Lunatic asylums Madras 1892-1911 - 1892-1911
Year: 1892
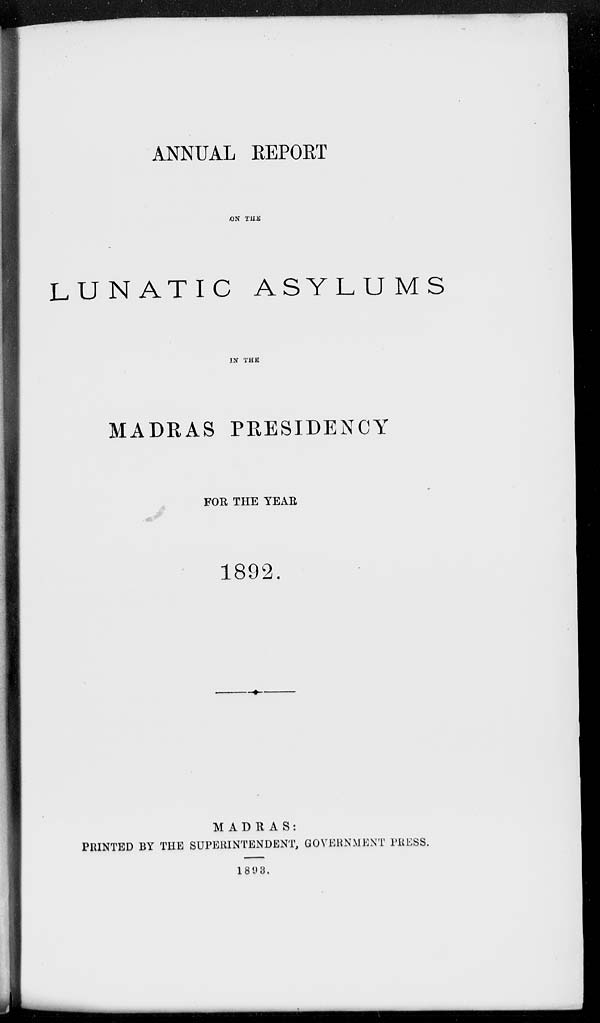
ANNUAL REPORT
ON THE
LUNATIC ASYLUMS
IN THE
MADRAS PRESIDENCY
FOR THE YEAR
1892.
MADRAS:
PRINTED BY THE SUPERINTENDENT, GOVERNMENT PRESS.
1893.